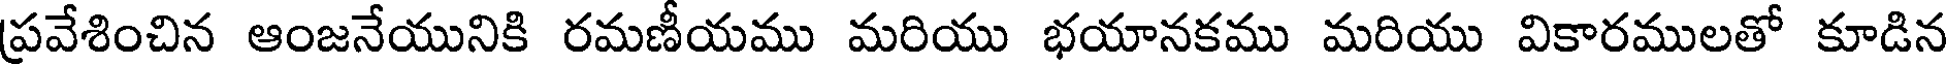
ప్రవేశించిన ఆంజనేయునికి రమణీయము మరియు భయానకము మరియు వికారములతో కూడిన